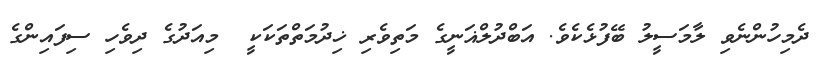
ދެމިހުންނެވި ލާމަސީލު ބޭފުޅެކެވެ. އަބްދުލްޣަނީގެ މަތިވެރި ޚިދުމަތްތަކަކީ  މިއަދުގެ ދިވެހި ސިފައިންގެ